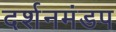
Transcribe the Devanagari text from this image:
दर्शनमंडप